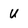
Character: U